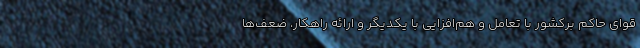
قوای حاکم برکشور با تعامل و هم‌افزایی با یکدیگر و ارائه راهکار، ضعف‌ها